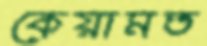
কেয়ামত